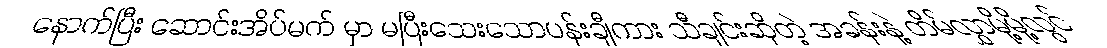
နောက်ပြီး ဆောင်းအိပ်မက် မှာ မပြီးသေးသောပန်းချီကား သီချင်းဆိုတဲ့ အခန်းနဲ့ တိမ်လွှာမို့မို့လွင်